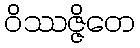
ဝိဿဇ္ဇိတေ